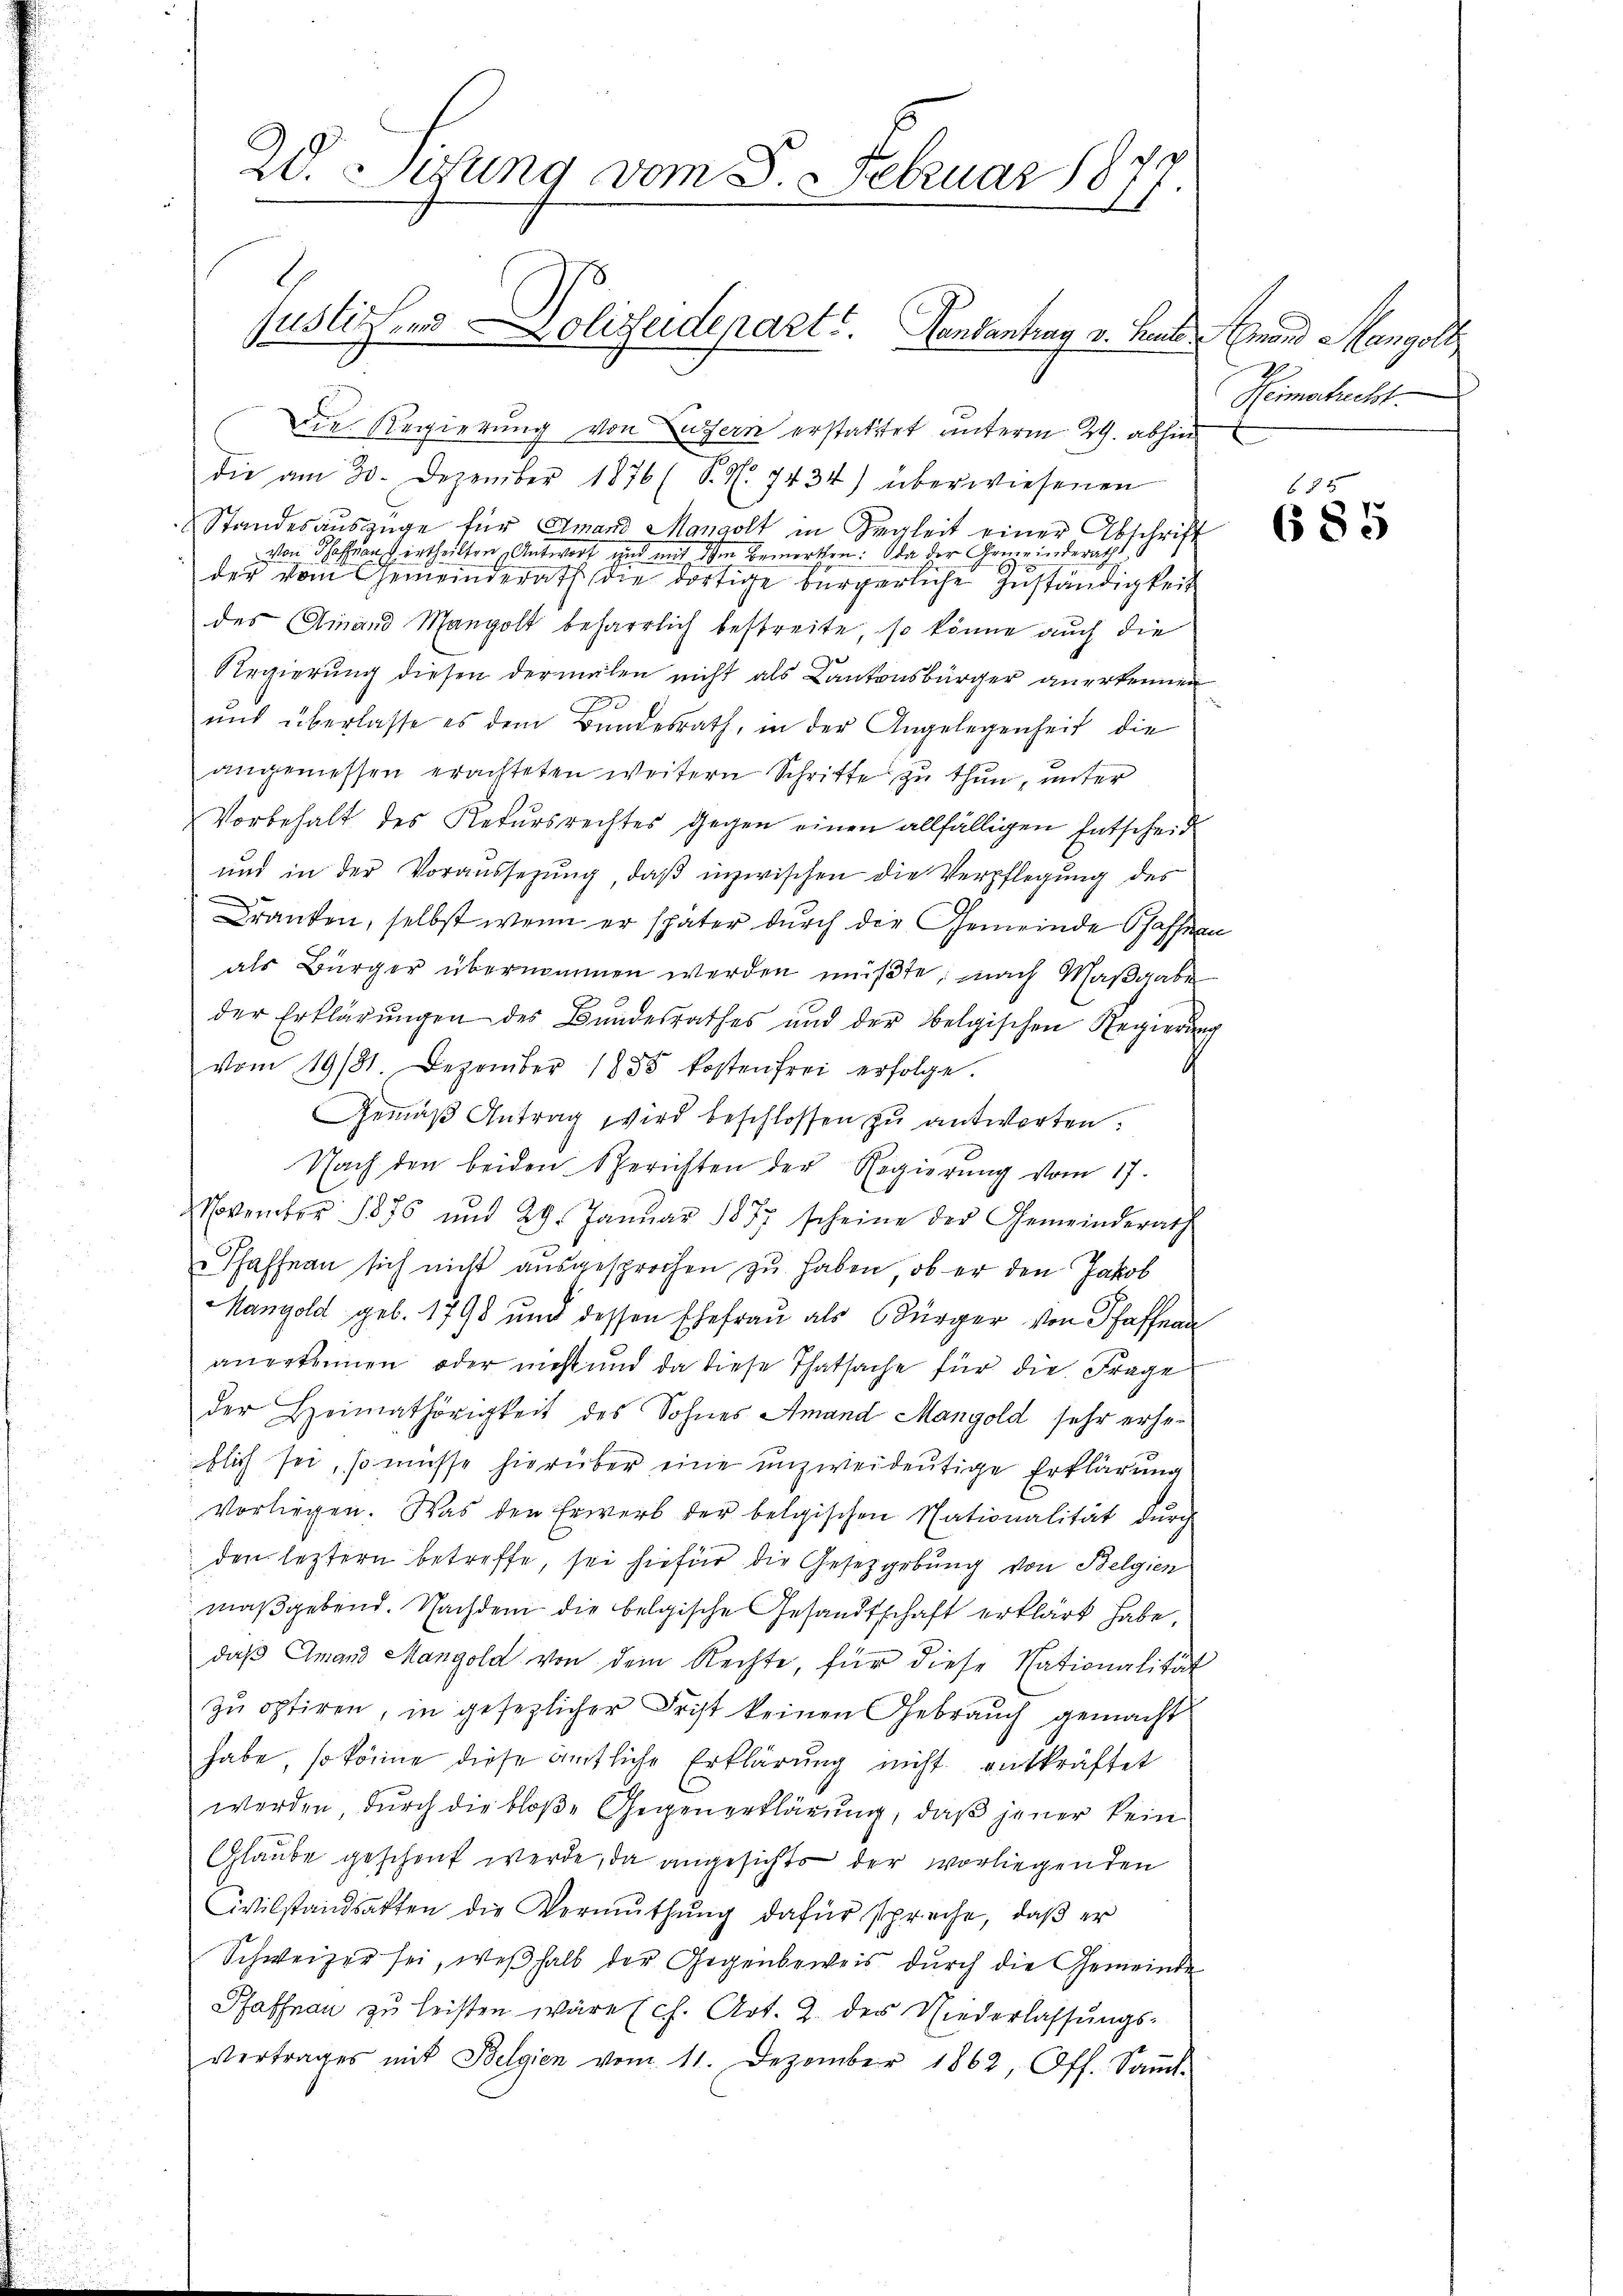
2. Mitung vom 8. Februar 187
G

Die Regierung von Luzern erstattet unterm 29. abhin
die am 30. Dezember 1876 (S. S. 7434) überwiesenen
Standesauszüge für Amand Mandolt in Begleit einer Abschrift
von Hofrau ertheilten Antwort und mit dem Bemerken: da der Gemeinderath
der vom Gemeinderath die dortige bürgerliche Zuständigkeit
des Einand Mangolt beharrlich bestreite, so könne auch die
Regierung diesen dermalen nicht als Kantonsbürger anerkennen
und überlasse es dem Bundesrath, in der Angelegenheit die
angemessen erachteten weitern Schritte zu thun, unter
Vorbehalt des Rekursrechtes gegen einen allfälligen Entscheid
und in der Voraussetzŭng, daβ inzwischen die Verpflegung des
Dranken, selbst wenn er später durch die Gemeinde Pfaffen
als Bürger übernommen werden müßte, nach Maßgabe
der Erklärungen des Bundesrathes und der belgischen Regierung
A
vom 19/81. Dezember 1885 kostenfrei erfolge.
Gemäβ Antrag wird beschlossen zu antworten.
Nach den beiden Berichten der Regierŭng vom 17.
November 1876 und 29. Janŭar 1877 scheine der Gemeinderath
" Schaffeau sich nicht aŭsgesprochen zu haben, ob er den Jakob
Mangold geb. 1798 und dessen Ehefrau als Bürger von Pfaffen
anerkennen, oder nicht und da diese Thatsache für die Frage
der Heimathörigkeit des Sohnes Amand Mangold sehr erheblich sei, so müsse hierüber eine unzweideutige Erklärung
vorliegen. Was den Erwerb der belgischen Nationalität durch
den leztern betreffe, sei hiefür die Gesetzgebung von Belgien
maßgebend. Nachdem die belgische Gesandtschaft erklärt habe.
daß Amand Mangold von dem Rechte, für diese Nationalität
zŭ optiren, in gesezlicher Frist keinen Gebrauch gemacht
habe, so könne diese ämtliche Erklärung nicht entkräftet
werden, durch die bloße Gegenerklärung, daß jener kein
Glaube geschont werde, da angesichts der vorliegenden
Civilstandsakten die Vermuthung dafür spreche, daß er
Schweizer sei, weßhalb der Gegenbeweis durch die Gemeinde
Pfaffnau zu leisten wäre (ch. Art. 2. des Niederlassungs-
Vertrages mit Belgien vom 11. Dezember 1862, Off. Saṁt-

Justiz und Dolisseidepart. Handantrag v. Heute Grand Mangolt

Remabacht.

680